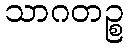
သာဂတဉ္စ